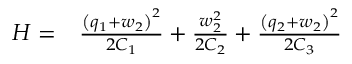
\begin{array} { r l } { H = } & { { } \frac { { \left( q _ { 1 } + w _ { 2 } \right) } ^ { 2 } } { 2 C _ { 1 } } + \frac { w _ { 2 } ^ { 2 } } { 2 C _ { 2 } } + \frac { { \left( q _ { 2 } + w _ { 2 } \right) } ^ { 2 } } { 2 C _ { 3 } } } \end{array}